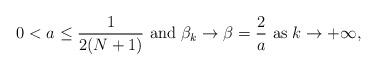
LaTeX: \begin{align*}0<a\leq\frac{1}{2(N+1)} \mbox{ and } \beta_k \to \beta=\frac{2}{a} \mbox{ as } k\to+\infty,\end{align*}